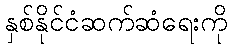
နှစ်နိုင်ငံဆက်ဆံရေးကို